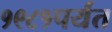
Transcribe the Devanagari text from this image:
१९८१पर्यंत